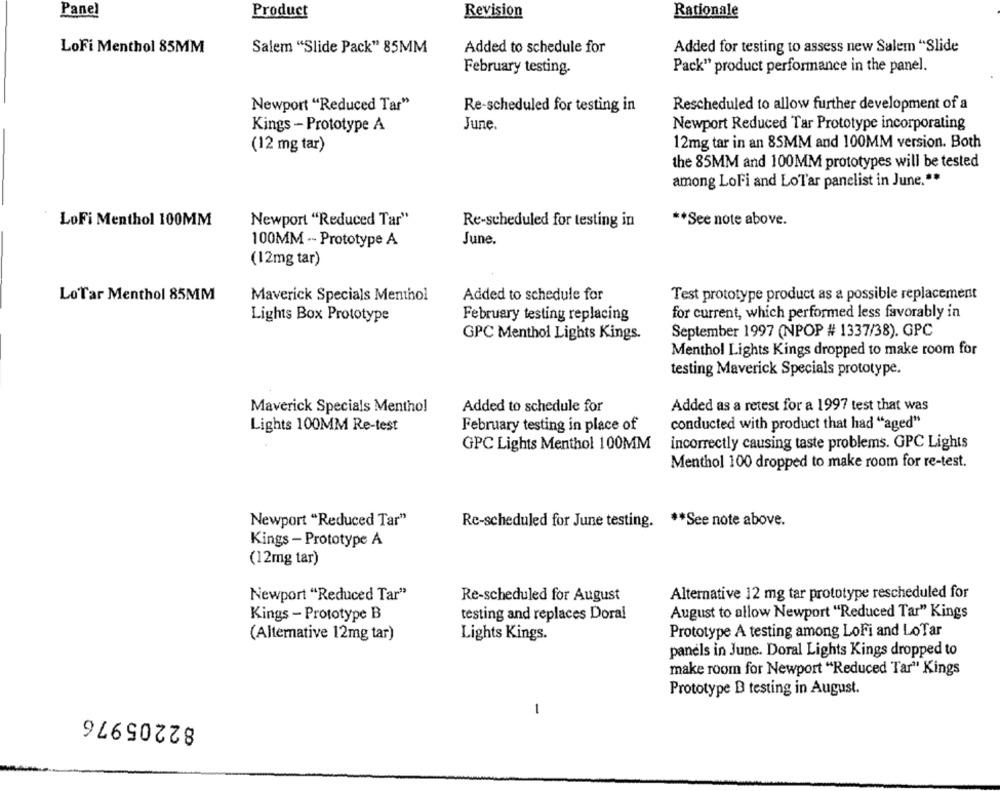
Panel
Product
Revision
Rationale
LoFi Menthol 85MM
Salem "Slide Pack" 85MM
Added to schedule for
Added for testing to assess new Salem "Slide
February testing.
Pack" product performance in the panel.
Newport "Reduced Tar"
Re-scheduled for testing in
Rescheduled to allow further development of a
Kings - Prototype A
June.
Newport Reduced Tar Prototype incorporating
(12 mg tar)
12mg tar in an 85MM and 100MM version. Both
the 85MM and 100MM prototypes will be tested
among LoFi and LoTar panelist in June .**
LoFi Menthol 100MM
Newport "Reduced Tar"
** See note above.
Re-scheduled for testing in
100MM -- Prototype A
June.
(12mg tar)
LoTar Menthol 85MM
Maverick Specials Menthol
Added to schedule for
Test prototype product as a possible replacement
February testing replacing
for current, which performed less favorably in
Lights Box Prototype
September 1997 (NPOP # 1337/38). GPC
GPC Menthol Lights Kings.
Menthol Lights Kings dropped to make room for
testing Maverick Specials prototype.
Maverick Specials Menthol
Added to schedule for
Added as a retest for a 1997 test that was
February testing in place of
conducted with product that had "aged"
Lights 100MM Re-test
GPC Lights Menthol 100MM
incorrectly causing taste problems. GPC Lights
Menthol 100 dropped to make room for re-test.
Newport "Reduced Tar"
Re-scheduled for June testing. ** See note above.
Kings - Prototype A
(12mg tar)
Newport "Reduced Tar"
Re-scheduled for August
Alternative 12 mg tar prototype rescheduled for
Kings - Prototype B
testing and replaces Doral
August to allow Newport "Reduced Tar" Kings
Prototype A testing among LoFi and LoTar
(Alternative 12mg tar)
Lights Kings.
panels in June. Doral Lights Kings dropped to
make room for Newport "Reduced Tar" Kings
Prototype B testing in August.
82205976
1